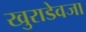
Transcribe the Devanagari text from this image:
खुराडेवजा